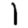
Digit: 1